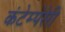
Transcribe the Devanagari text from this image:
कंटेम्पेरेरी